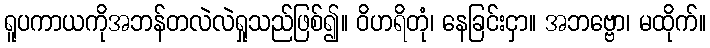
ရူပကာယကိုအဘန်တလဲလဲရှုသည်ဖြစ်၍။ ဝိဟရိတုံ၊ နေခြင်းငှာ။ အဘဗ္ဗော၊ မထိုက်။